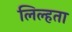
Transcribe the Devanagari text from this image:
लिल्हता